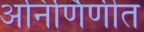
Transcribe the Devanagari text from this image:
अनिर्णिणीत